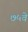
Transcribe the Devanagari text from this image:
७५वे